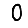
Digit: 0